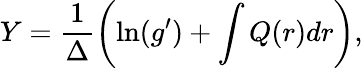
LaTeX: Y=\frac{1}{\Delta}\left(\ln(g^{\prime})+\int Q(r)dr\right),